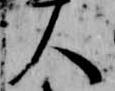
人